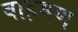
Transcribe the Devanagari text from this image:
बाह़मण